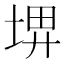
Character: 𡌹